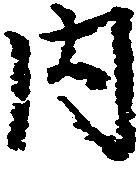
内